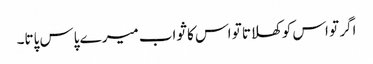
اگر تو اس کو کھلاتا تو اس کا ثواب میرے پاس پاتا۔